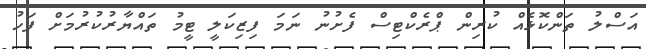
އަސްލު ތަންކޮޅެއް ކުރިން ޕްރެކްޓިސް ފެށުނު ނަމަ ފިޒިކަލީ ޓީމު ތައްޔާރުކުރުމަށް ފަހު